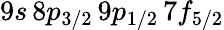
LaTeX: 9s\, 8p_{3/2}\, 9p_{1/2}\, 7f_{5/2}